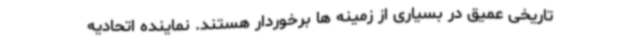
تاریخی عمیق در بسیاری از زمینه ها برخوردار هستند. نماینده اتحادیه